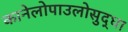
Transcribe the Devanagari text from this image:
कानेलोपाउलोसुद्धा